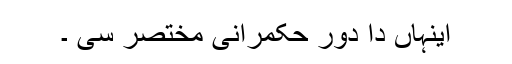
اینہاں دا دور حکمرانی مختصر سی ۔